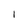
Character: 1